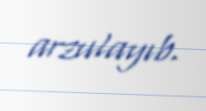
arzulayıb.